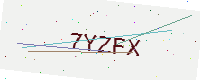
Text: 7YZFX